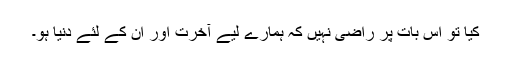
کیا تو اِس بات پر راضی نہیں کہ ہمارے لیے آخرت اور اُن کے لئے دنیا ہو۔